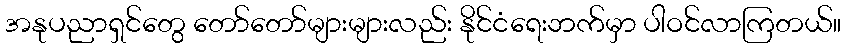
အနုပညာရှင်တွေ တော်တော်များများလည်း နိုင်ငံရေးဘက်မှာ ပါဝင်လာကြတယ်။